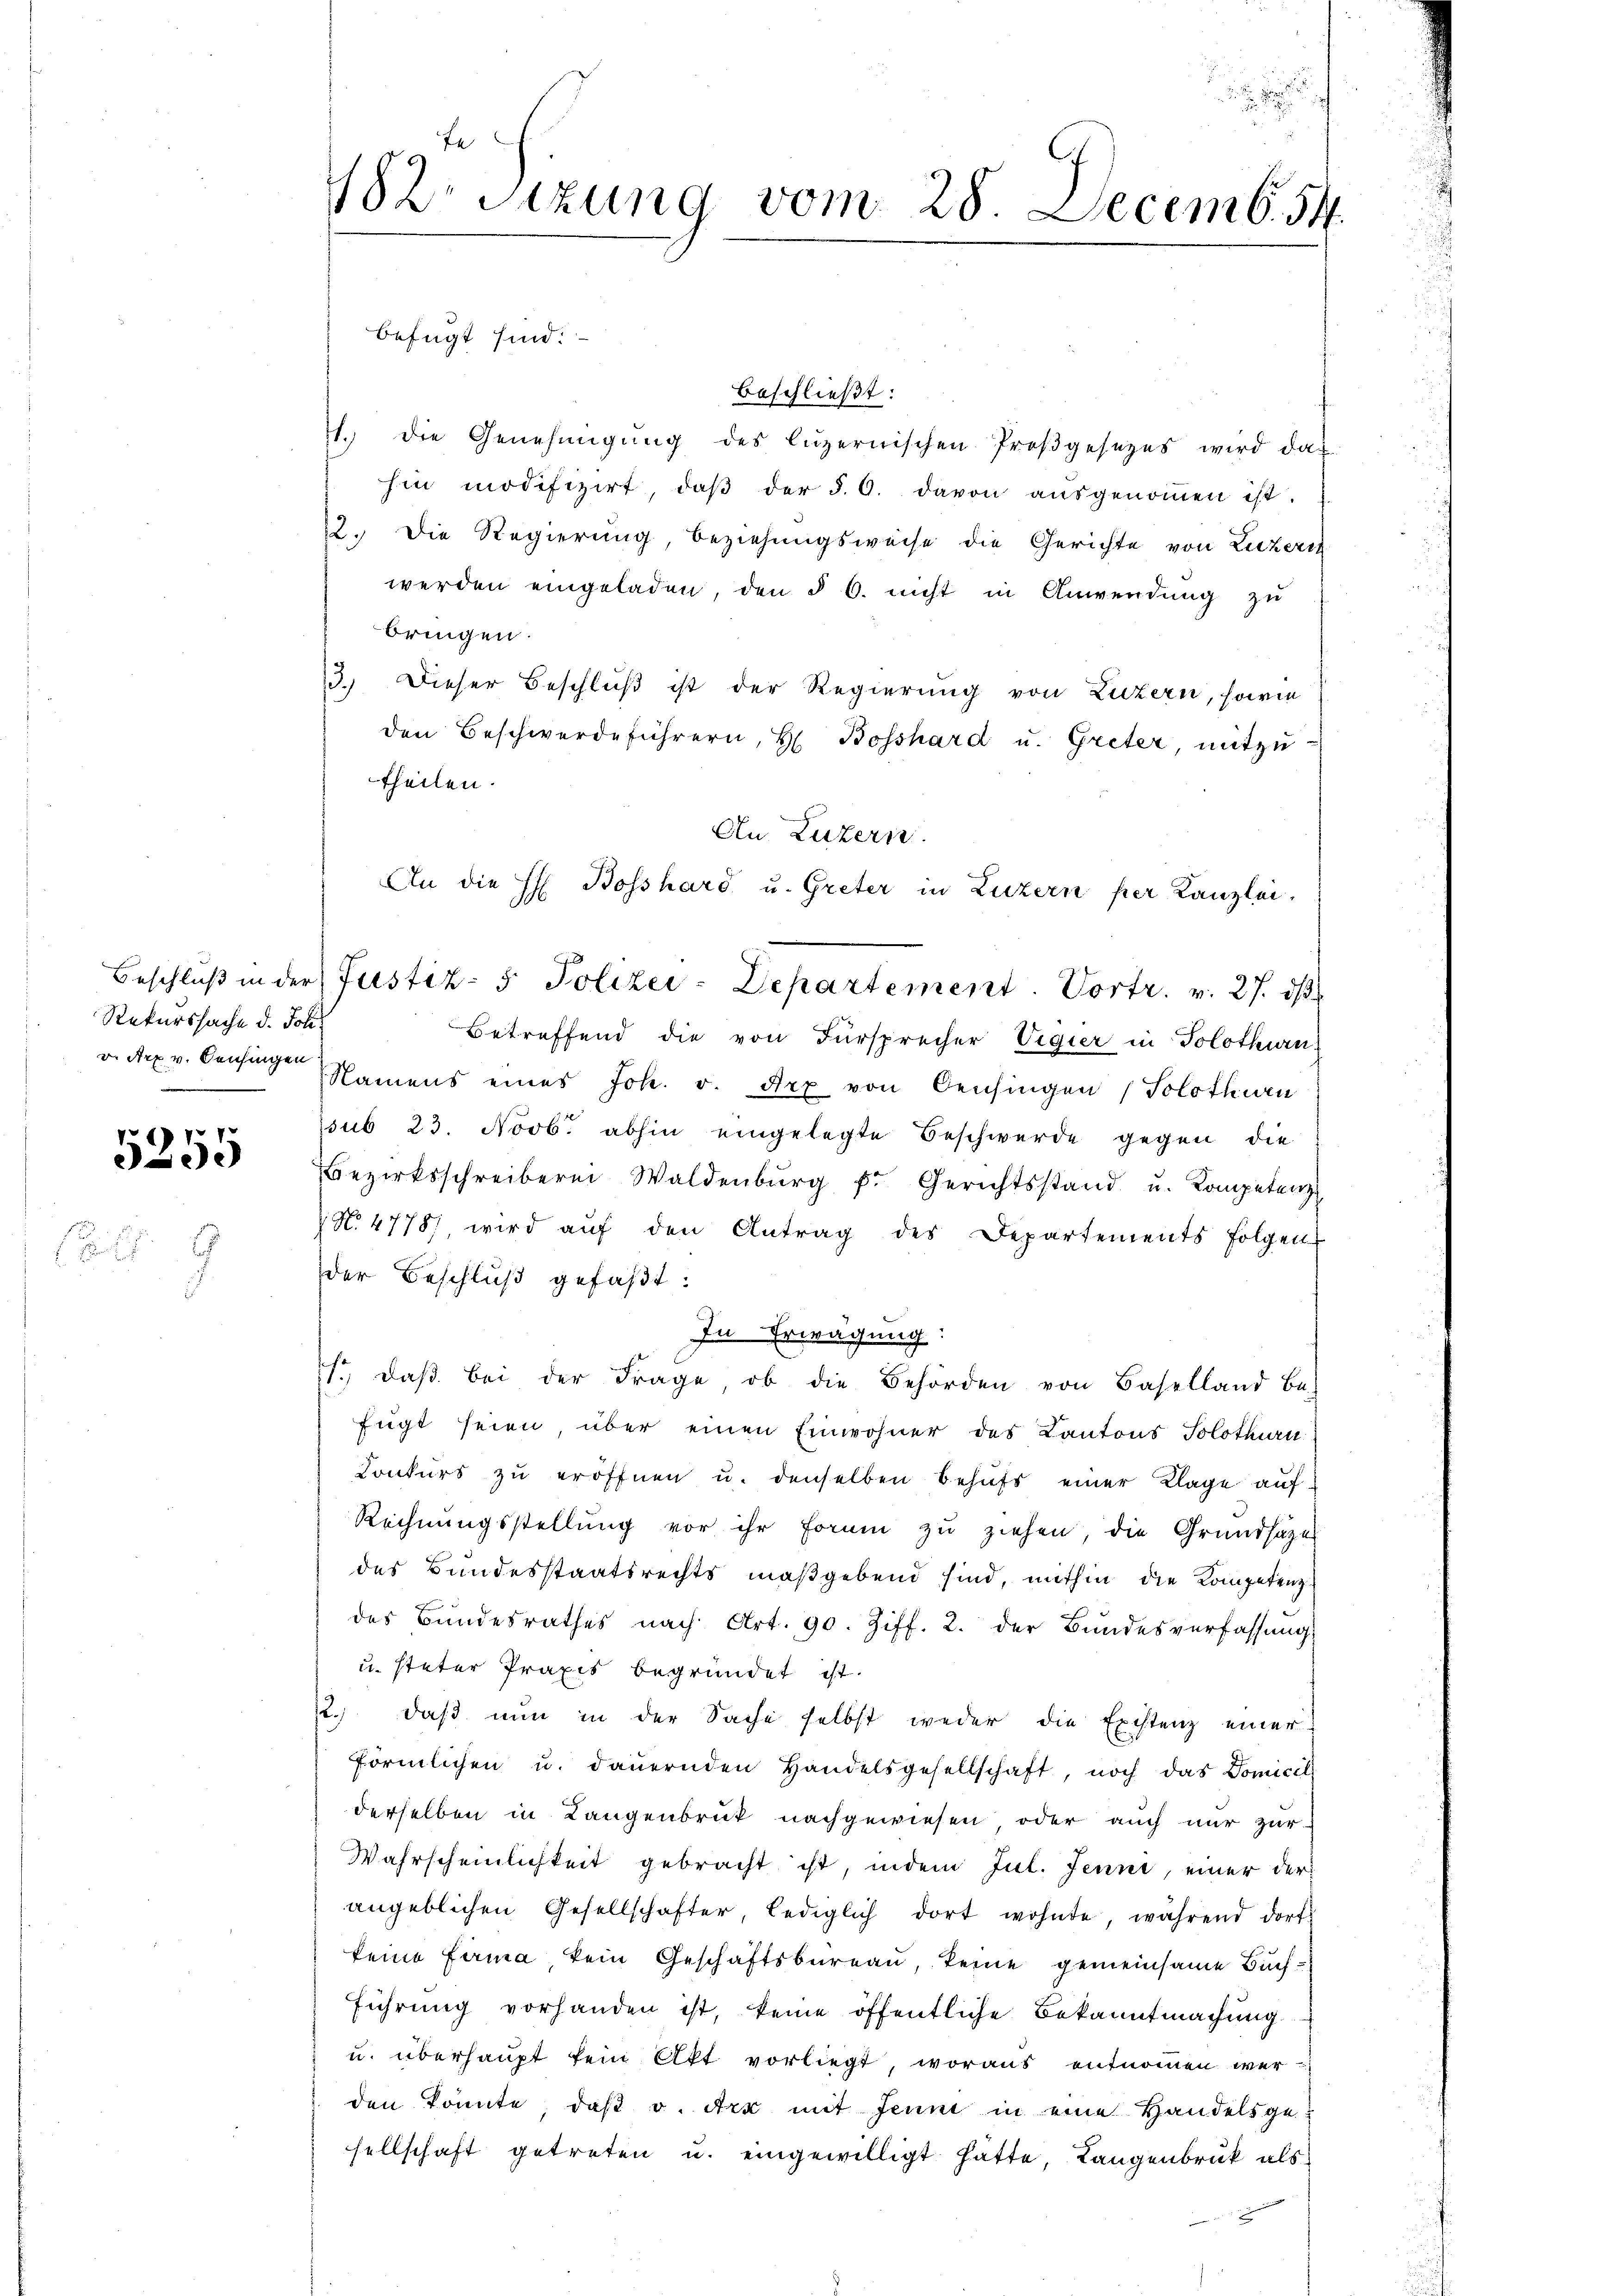
Rekurssache d. Joliv. Arx v. Beisingen
.

.

5259

182. Sitzung vom 28. Decemb. 54.

beschließt:
1. die Genehmigŭng des luzernischen Proβgesezes wird dar
hin modifizirt, daβ der §. 6. davon aŭsgenoṁen ist.
22. Die Regierung, beziehungsweise die Gerichte von Luzern
werden eingeladen, den § 6. nicht in Anwendung zu
bringen.
3.) Dieser Beschluß ist der Regierung von Luzern, sowie
den Beschwerdeführern, H. Bosshard u. Greter, mitzutheilen.
An Luzern.
An die H. Bosshard u. Greter in Luzern per Kanzlei.
Betreffend die von Fürsprecher Vigier in Solothurn
Namens eines Joh. v. dry von Beisingen (Solothurn
ssub 23. Novb. abhin eingelegte Beschwerde gegen die
Bezirksschreiberei Waldenbŭrg f. Gerichtsstand u. Kompetenz
 N. 4778, wird aŭf den Antrag des Departements folgen
der Beschlŭβ gefaßt:
In Erwägung:
1. daβ bei der Frage, ob die Behörden von Baselland be-
fügt seien, über einen Einwohner des Kantons Solothurn
Conkurs zu eröffnen u. denselben behufs einer Klage auf¬
Rechnŭngsstellung vor ihr Formen zŭ ziehen, die Grundsätze
des Bundesstaatsrechts maßgebend sind, mithin die Kompetenz
des Bundesrathes nach Art. 90. Ziff. 2. der Bŭndesverfassŭng
u. steter Praxis begründet ist.
2.) daß nun in der Sache selbst weder die Existenz einer
förmlichen u. dauernden Handelsgesellschaft, noch das Domicil
derselben in Langenbrück nachgewiesen oder auch nur zur
Wahrscheinlichkeit gebracht ist, indem Jul. Jenni, einer der
angeblichen Gesellschafter, lediglich dort wohnte, während dorf
keine Firma kein Geschäftsbureau, keine gemeinsame Buchführung vorhanden ist, keine öffentliche Bekanntmachung
u. überhaupt kein Akt vorliegt, woraus entnommen wer-
den könnte, daß v. Art mit Jeun in eine Handelsgesellschaft getreten u. eingewilligt hatte, Langenbruck als

befügt sind:

Beschlŭβ in der Justiz- & Polizei-Departement. Vortr. v. 27. ds